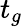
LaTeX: t_{g}